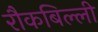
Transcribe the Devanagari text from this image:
रौकबिल्ली